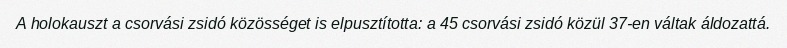
A holokauszt a csorvási zsidó közösséget is elpusztította: a 45 csorvási zsidó közül 37-en váltak áldozattá.